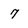
Character: 7